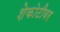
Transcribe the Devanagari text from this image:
शेकोटीवर